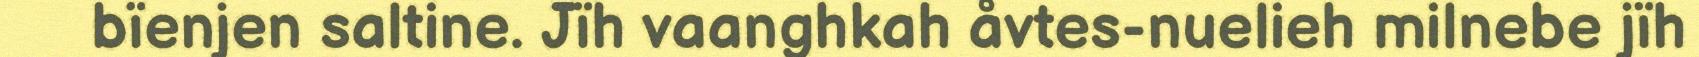
bïenjen saltine. Jïh vaanghkah åvtes-nuelieh milnebe jïh